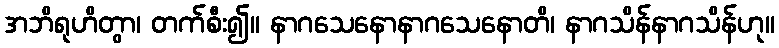
အဘိရုဟိတွာ၊ တက်စီး၍။ နာဂသေနောနာဂသေနောတိ၊ နာဂသိန်နာဂသိန်ဟု။